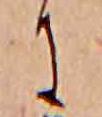
に